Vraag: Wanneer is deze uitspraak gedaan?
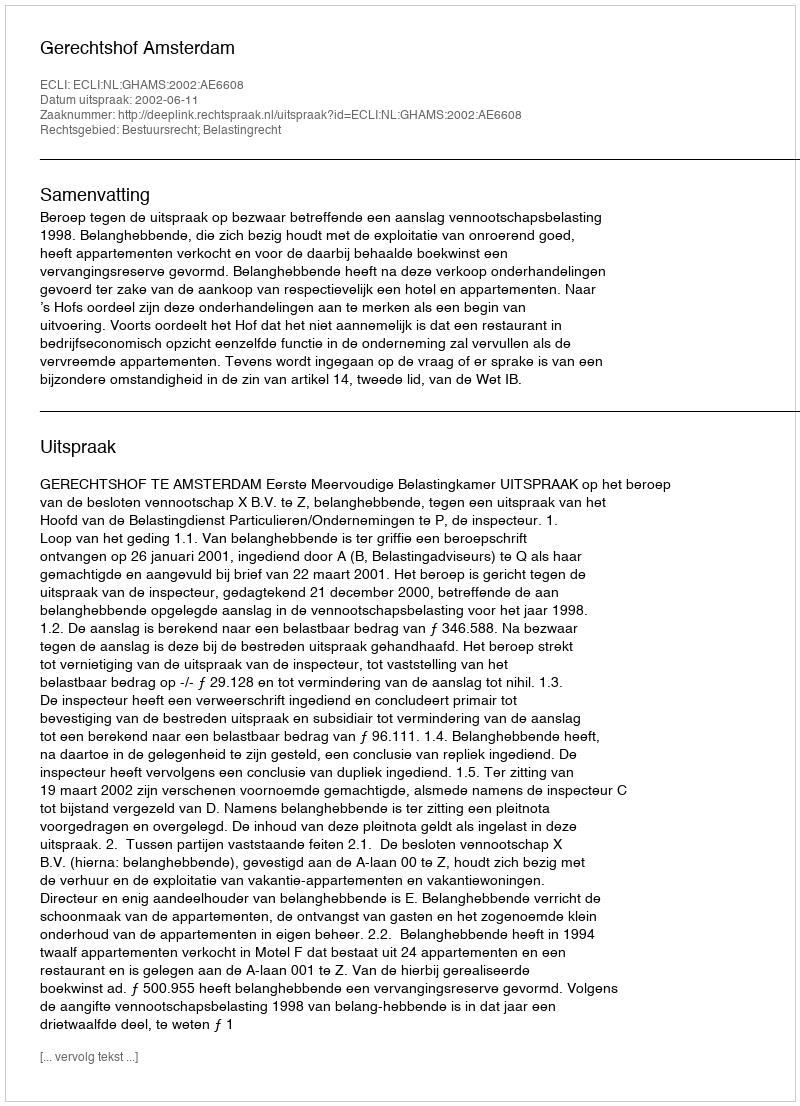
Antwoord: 2002-06-11